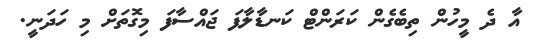
އާ ދެ މީހުން ތިބެގެން ކަރަންޓް ކަނޑާލާފަ ޖައްސާފަ މިގޮތަށް މި ހަދަނީ.